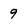
Character: 9